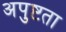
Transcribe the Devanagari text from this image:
अपुष्टता